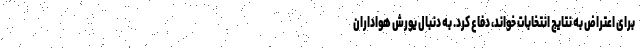
برای اعتراض به نتایج انتخابات خواند، دفاع کرد. به دنبال یورش هواداران